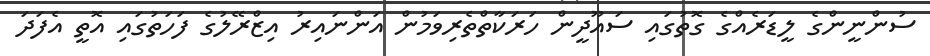
ސުންނީންގެ ލީޑަރެއްގެ ގޮތުގައި ސައޫދީން ހަރަކާތްތެރިވަމުން އަންނައިރު އިޒްރޭލުގެ ފަހަތުގައި އޮތީ އެފަދަ